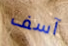
آسف